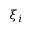
\xi _ { i }